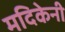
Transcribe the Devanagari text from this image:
मदिकेनी